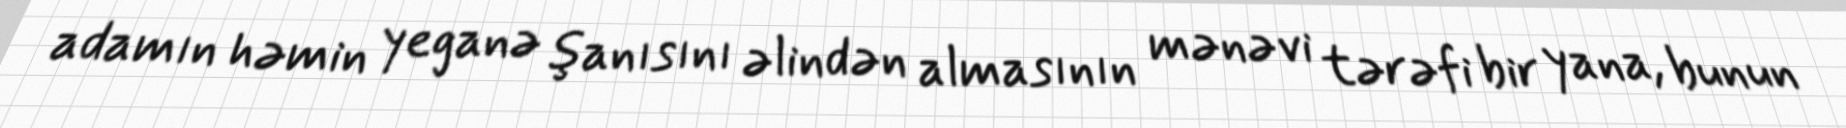
adamın həmin yeganə şanısını əlindən almasının mənəvi tərəfi bir yana, bunun